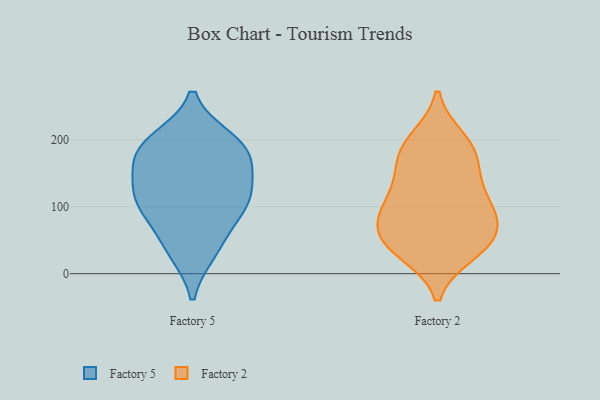
{"axis": {"x": "Humidity (%)", "y": "Value"}, "legend": ["Factory 2", "Factory 5"], "data": [{"x": "", "y": 34, "type": "Factory 5"}, {"x": "", "y": 96, "type": "Factory 5"}, {"x": "", "y": 120, "type": "Factory 5"}, {"x": "", "y": 102, "type": "Factory 5"}, {"x": "", "y": 191, "type": "Factory 5"}, {"x": "", "y": 179, "type": "Factory 5"}, {"x": "", "y": 199, "type": "Factory 5"}, {"x": "", "y": 102, "type": "Factory 5"}, {"x": "", "y": 136, "type": "Factory 5"}, {"x": "", "y": 42, "type": "Factory 5"}, {"x": "", "y": 188, "type": "Factory 5"}, {"x": "", "y": 158, "type": "Factory 5"}, {"x": "", "y": 194, "type": "Factory 2"}, {"x": "", "y": 38, "type": "Factory 2"}, {"x": "", "y": 89, "type": "Factory 2"}, {"x": "", "y": 177, "type": "Factory 2"}, {"x": "", "y": 143, "type": "Factory 2"}, {"x": "", "y": 200, "type": "Factory 2"}, {"x": "", "y": 103, "type": "Factory 2"}, {"x": "", "y": 43, "type": "Factory 2"}, {"x": "", "y": 82, "type": "Factory 2"}, {"x": "", "y": 53, "type": "Factory 2"}, {"x": "", "y": 169, "type": "Factory 2"}, {"x": "", "y": 124, "type": "Factory 2"}, {"x": "", "y": 32, "type": "Factory 2"}, {"x": "", "y": 57, "type": "Factory 2"}, {"x": "", "y": 93, "type": "Factory 2"}]}